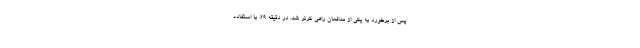
پس از برخورد به یکی از مدافعان راهی کرنر شد. در دقیقه ۲۹، با استفاده